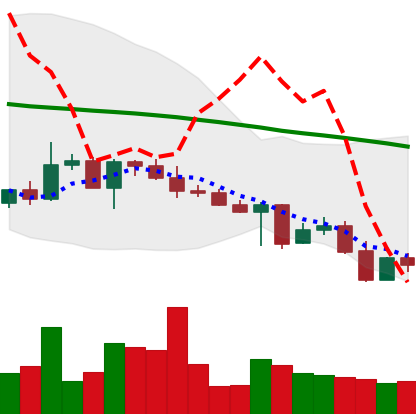
Ticker: XLM-USD
Chart end date: 2022-05-02
Forward return: -3.485%
Label: down_3_5